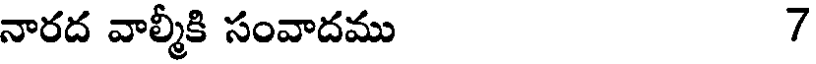
నారద వాల్మీకి సంవాదము 7